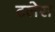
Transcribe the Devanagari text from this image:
टलेस